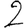
Digit: 2